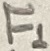
Text: F1